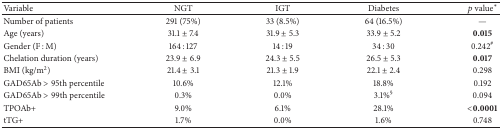
<table><thead><tr><td><b>Variable</b></td><td><b>NGT</b></td><td><b>IGT</b></td><td><b>Diabetes</b></td><td><b><i>p</i> value<sup><i>∗</i></sup></b></td></tr></thead><tbody><tr><td>Number of patients</td><td>291 (75%)</td><td>33 (8.5%)</td><td>64 (16.5%)</td><td>—</td></tr><tr><td>Age (years)</td><td>31.1 ± 7.4</td><td>31.9 ± 5.3</td><td>33.9 ± 5.2</td><td><b>0.015</b></td></tr><tr><td>Gender (F : M)</td><td>164 : 127</td><td>14 : 19</td><td>34 : 30</td><td>0.242<sup>#</sup></td></tr><tr><td>Chelation duration (years)</td><td>23.9 ± 6.9</td><td>24.3 ± 5.5</td><td>26.5 ± 5.3</td><td><b>0.017</b></td></tr><tr><td>BMI (kg/m<sup>2</sup>)</td><td>21.4 ± 3.1</td><td>21.3 ± 1.9</td><td>22.1 ± 2.4</td><td>0.298</td></tr><tr><td>GAD65Ab &gt; 95th percentile</td><td>10.6%</td><td>12.1%</td><td>18.8%</td><td>0.192</td></tr><tr><td>GAD65Ab &gt; 99th percentile</td><td>0.3%</td><td>0.0%</td><td>3.1%<sup>§</sup></td><td>0.094</td></tr><tr><td>TPOAb+</td><td>9.0%</td><td>6.1%</td><td>28.1%</td><td><b>&lt;0.0001</b></td></tr><tr><td>tTG+</td><td>1.7%</td><td>0.0%</td><td>1.6%</td><td>0.748</td></tr></tbody></table>